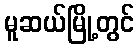
မူဆယ်မြို့တွင်